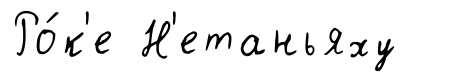
Ро́к'е Н'етаньяху